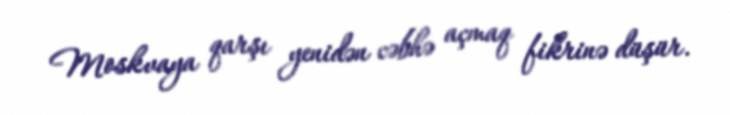
Moskvaya qarşı yenidən cəbhə açmaq fikrinə düşür.